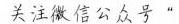
证明：如图 1，在 \(BD\) 上取一点 \(P\)，连接 \(CP\)，
\(\because\)在\(\odot O\) 中，\(\angle3\) 与\(\angle4\) 所对的弧都是 \(\overset{\frown}{CD}\)，
\(\therefore\angle3 = \angle4\).
\(\therefore\triangle ACD\sim\triangle BCP\).
\(\therefore\frac{AC}{BC}=\frac{AD}{BP}\).
\(\therefore AC\cdot BP = AD\cdot BC\). \textcircled{1}
又\(\because\angle2 = \angle1\)，
\(\therefore\angle2 + \angle7=\angle1+\angle7\).
即\(\angle ACB=\angle DCP\).
\(\because\)在\(\odot O\) 中，\(\angle5\) 与\(\angle6\) 所对的弧都是 \(\overset{\frown}{BC}\)，
\(\therefore\angle5 = \angle6\).
\(\therefore\triangle ACB\sim\triangle DCP\).
\(\therefore\frac{AC}{DC}=\frac{AB}{DP}\)，即\(AC\cdot DP=AB\cdot CD\). \textcircled{2}
由\textcircled{1}\(+\)\textcircled{2}得：\(AC\cdot BP + AC\cdot DP=AD\cdot BC + AB\cdot CD\)，
根据乘法分配律\(AC\cdot(BP + DP)=AB\cdot CD + AD\cdot BC\)，
因为\(BP + DP = BD\)，
所以\(AC\cdot BD=AB\cdot CD + AD\cdot BC\)。